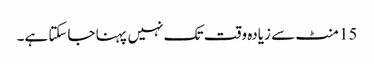
15 منٹ سے زیادہ وقت تک نہیں پہنا جاسکتا ہے۔